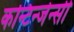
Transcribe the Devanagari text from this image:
कन्टिन्जेन्सी